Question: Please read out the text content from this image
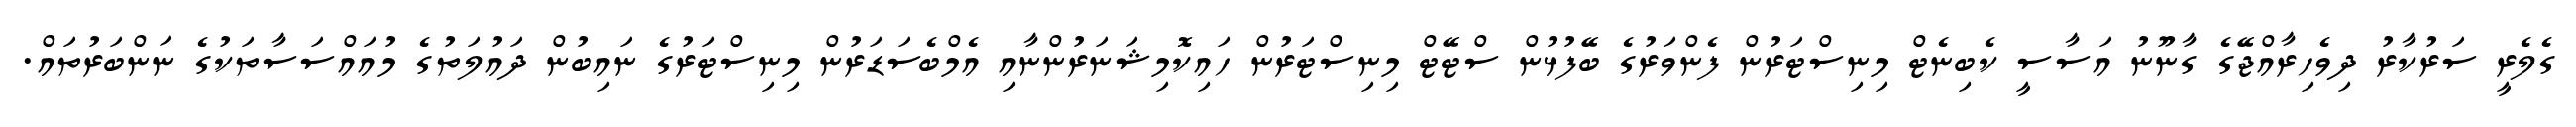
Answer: ގެލެރީ ސަރުކާރު ދިވެހިރާއްޖޭގެ ގާނޫނު އަސާސީ ކެބިނެޓް މިނިސްޓަރުން ފެންވަރުގެ ބޭފުޅުން ސްޓޭޓް މިނިސްޓަރުން ހައިކޮމިޝަނަރުންނާއި އެމްބެސަޑަރުން މިނިސްޓަރުގެ ނައިބުން ދައުލަތުގެ މުއައްސަސާތަކުގެ ނަންބަރުތައް.